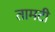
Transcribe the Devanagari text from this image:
तामटी